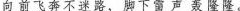
向前飞奔不迷路，脚下雷声轰隆隆。